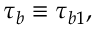
\tau _ { b } \equiv \tau _ { b 1 } ,